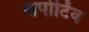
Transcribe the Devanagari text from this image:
सपोर्टिव